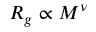
R _ { g } \propto M ^ { \nu }